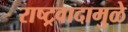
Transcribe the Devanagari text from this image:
राष्ट्रवादामुळे